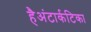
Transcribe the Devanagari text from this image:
हैअंटार्कटिका